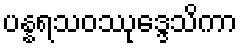
ပန္နရသဝဿုဒ္ဒေသိကာ